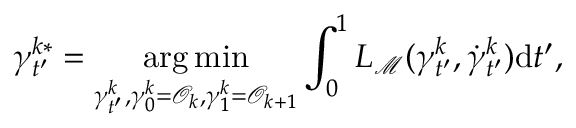
\gamma _ { t ^ { \prime } } ^ { k * } = \underset { \gamma _ { t ^ { \prime } } ^ { k } , \gamma _ { 0 } ^ { k } = \mathcal { O } _ { k } , \gamma _ { 1 } ^ { k } = \mathcal { O } _ { k + 1 } } { \arg \operatorname* { m i n } } \int _ { 0 } ^ { 1 } L _ { { \mathcal { M } } } ( \gamma _ { t ^ { \prime } } ^ { k } , \dot { \gamma } _ { t ^ { \prime } } ^ { k } ) \mathrm { d } t ^ { \prime } ,